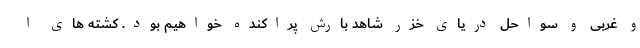
و غربی و سواحل دریای خزر شاهد بارش پراکنده خواهیم بود. کشته های ا